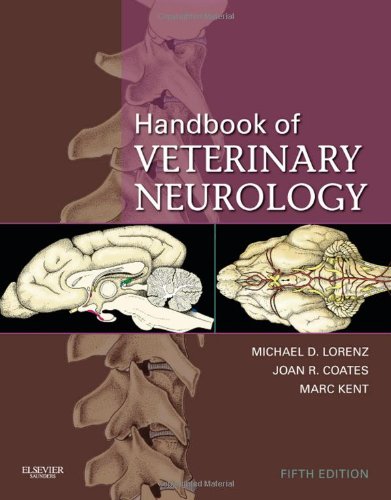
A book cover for Handbook of Veterinary Neurology, 5e; Michael D. Lorenz BS  DVM  DACVIM; Medical Books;